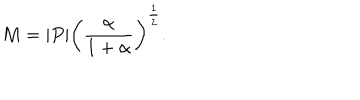
M = | P | \left( { \frac { \alpha } { 1 + \alpha } } \right) ^ { \frac { 1 } { 2 } } .